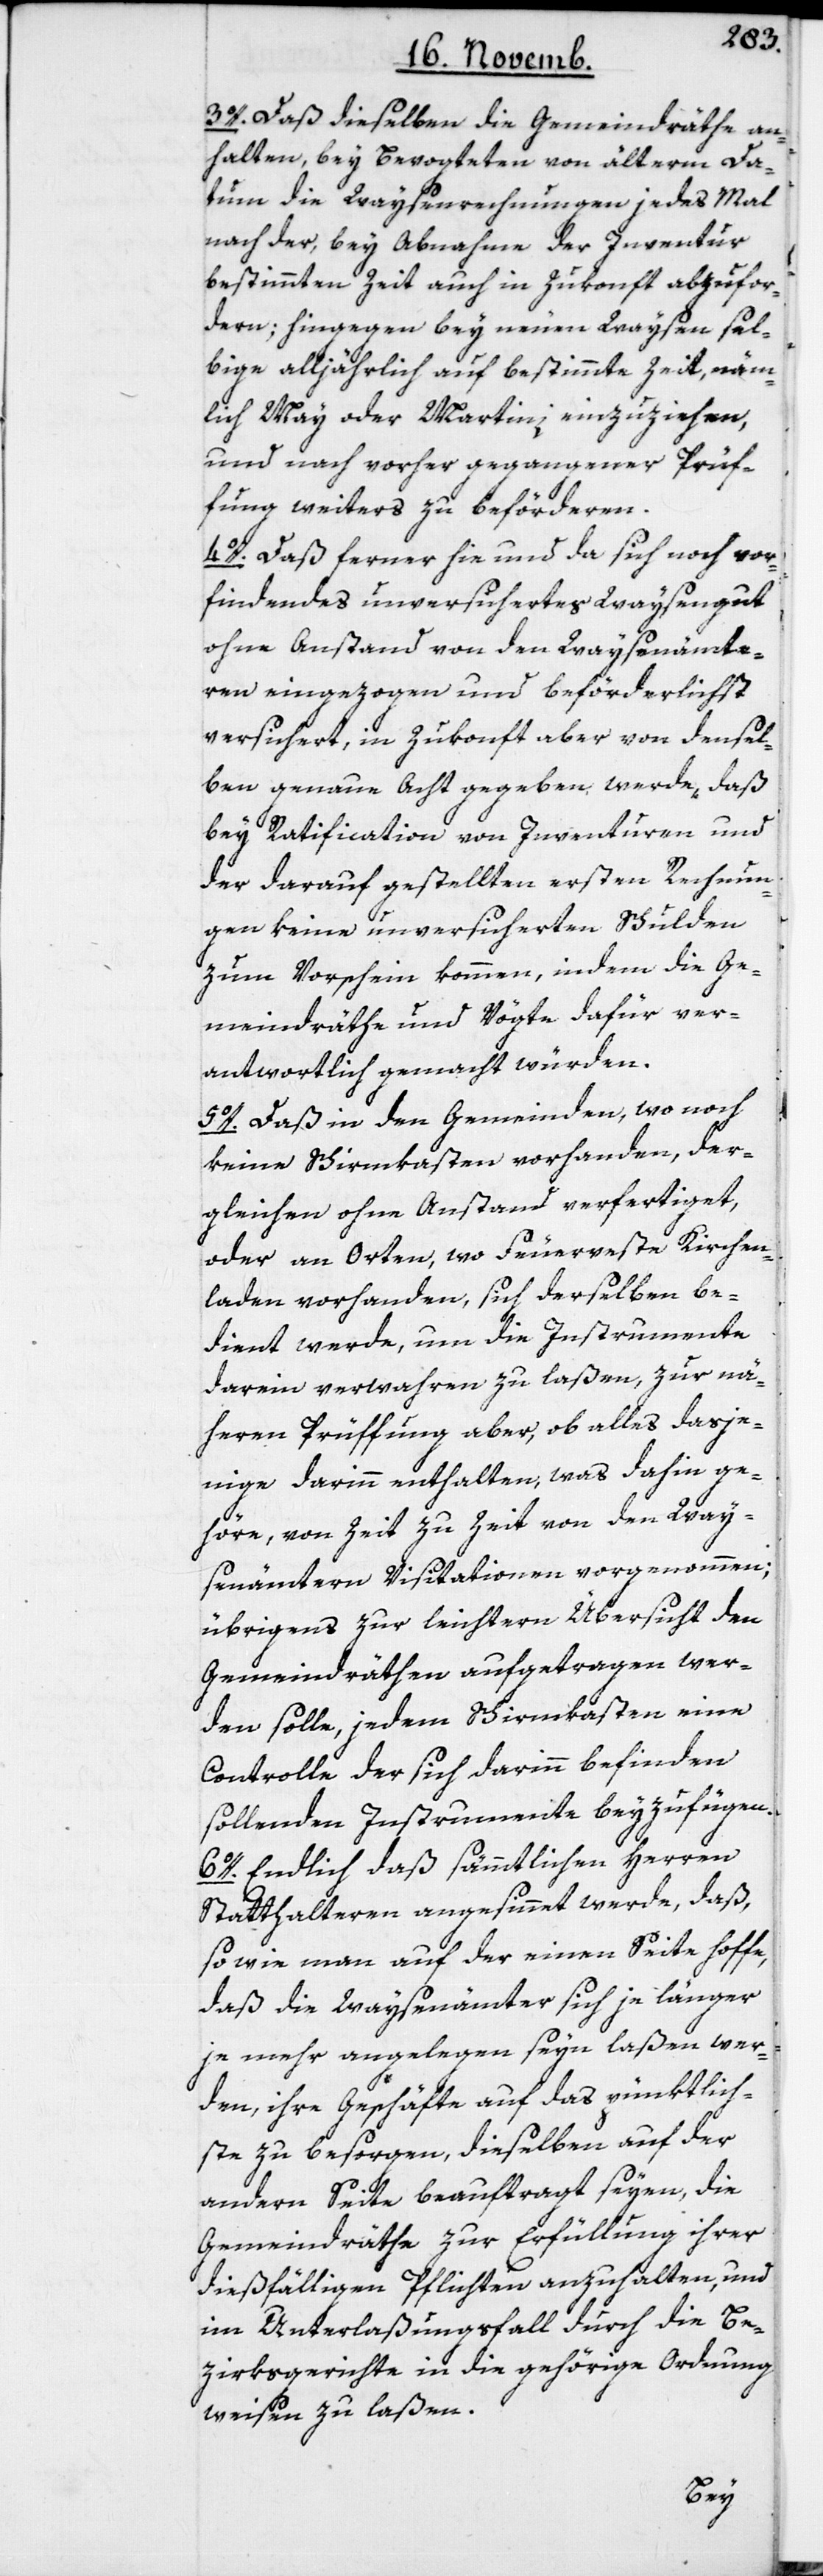
3o. Daß dieselben die Gemeindräthe an¬
halten, bey Bevogteten von älterm Da¬
tum die Waysenrechnungen jedes Mal
nach der, bey Abnahme der Inventur
bestimmten Zeit auch in Zukonft abzufor¬
dern; hingegen bey neuen Waysen sel¬
bige alljährlich auf bestimmte Zeit, näm¬
lich May oder Martini einzuziehen,
und nach vorher gegangener Prüf¬
fung weiters zu befördern.
4o. Daß ferner hie und da sich noch vor¬
findendes unversichertes Waysengut
ohne Anstand von den Waysenämte¬
ren eingezogen und beförderlichst
versichert, in Zukonft aber von densel¬
ben genaue Acht gegeben werde, daß
bey Ratification von Inventuren und
der darauf gestellten ersten Rechnun¬
gen keine unversicherten Schulden
zum Vorschein kommen, indem die Ge¬
meindräthe und Vögte dafür ver¬
antwortlich gemacht würden.
5o. Daß in den Gemeinden, wo noch
keine Schirmkasten vorhanden, der¬
gleichen ohne Anstand verfertiget,
oder an Orten, wo Feuerveste Kirchen¬
laden vorhanden, sich derselben be¬
dient werde, um die Instrumente
darein verwahren zu laßen, zur nä¬
heren Prüffung aber, ob alles dasje¬
nige darinn enthalten, was dahin ge¬
höre, von Zeit zu Zeit von den Way¬
senämtern Visitationen vorgenommen;
übrigens zur leichtern Übersicht den
Gemeindräthen aufgetragen wer¬
den solle, jedem Schirmkasten eine
Controlle der sich darinn befinden
sollenden Instrumente beyzufügen.
6o. Endlich daß sämmtlichen Herren
Statthalteren angesinnet werde, daß,
sowie man auf der einen Seite hoffe,
daß die Waysenämter sich je länger
je mehr angelegen seyn laßen wer¬
den, ihre Geschäfte auf das pünktlich¬
ste zu besorgen, dieselben auf der
andern Seite beauftragt seyen, die
Gemeindräthe zur Erfüllung ihrer
dießfälligen Pflichten anzuhalten, und
im Unterlaßungsfall durch die Be¬
zirksgerichte in die gehörige Ordnung
weisen zu laßen.